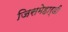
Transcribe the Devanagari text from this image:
जिसमेहार्डी